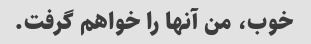
خوب، من آنها را خواهم گرفت.